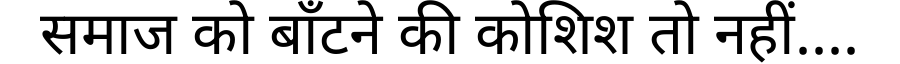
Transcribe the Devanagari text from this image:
समाज को बाँटने की कोशिश तो नहीं....